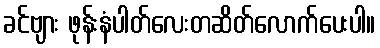
ခင်ဗျား ဖုန်းနံပါတ်လေးတဆိတ်လောက်ပေးပါ။